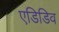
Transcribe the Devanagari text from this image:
एडिडिव